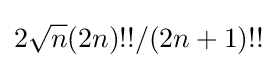
2{\sqrt {n}}(2n)!!/(2n+1)!!